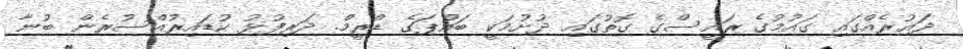
ދައުރެއްގައި ގައުމުގެ ރައީސްގެ ގޮތުގައި ދުށުމަކީ ބައްޕަގެ ޑްރީމް. ދަރިފުޅު ކުޑައިރުއްސުރެން ބުނާ